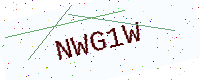
Text: NWG1W